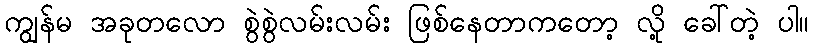
ကျွန်မ အခုတလော စွဲစွဲလမ်းလမ်း ဖြစ်နေတာကတော့ လို့ ခေါ်တဲ့ ပါ။